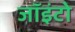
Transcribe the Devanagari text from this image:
जॉइंटो